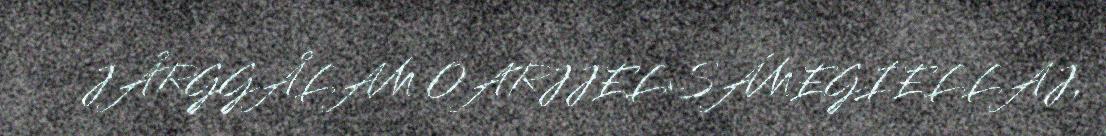
JÅRGGÅLAM OARJJELSÁMEGIELLAJ,